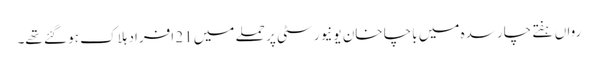
رواں ہفتے چارسدہ میں باچا خان یونیورسٹی پر حملے میں 21 افراد ہلاک ہو گئے تھے۔